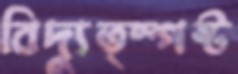
বিদ্যুত্স্পষ্ট